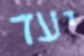
יעד